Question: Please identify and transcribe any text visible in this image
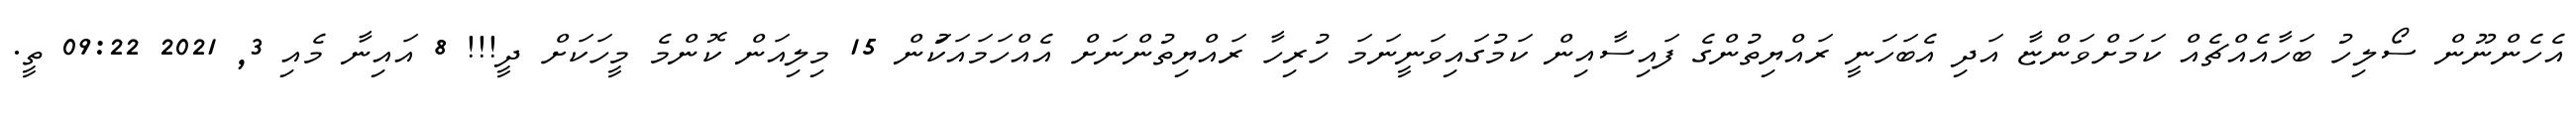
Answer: އެހެންނޫން ސޯލިހު ބަހާއެއްޗެއް ކަމަށްވަންޏާ އަދި އެބަހަނީ ރައްޔިތުންގެ ފައިސާއިން ކަމުގައިވަނީނަމަ ހުރިހާ ރައްޔިތުންނަށް އެއްހަމައަކަުން 15 މިލިއަން ކޮންމެ މީހަކަށް ދީ!!! 8 އައިނާ މެއި 3, 2021 09:22 ތީ.